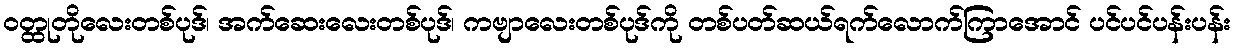
၀တ္ထုတိုလေးတစ်ပုဒ်၊ အက်ဆေးလေးတစ်ပုဒ်၊ ကဗျာလေးတစ်ပုဒ်ကို တစ်ပတ်ဆယ်ရက်လောက်ကြာအောင် ပင်ပင်ပန်းပန်း